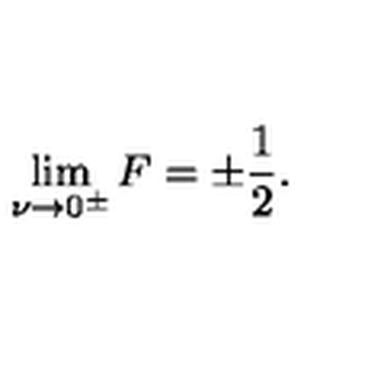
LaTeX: \lim _ { \nu \to 0 ^ { \pm } } F = \pm \frac { 1 } { 2 } .